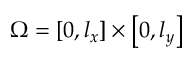
\Omega = \left[ 0 , l _ { x } \right] \times \left[ 0 , l _ { y } \right]